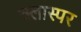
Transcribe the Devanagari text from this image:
क्लास्पर